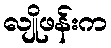
လျိုဖန်းက